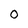
Character: 0